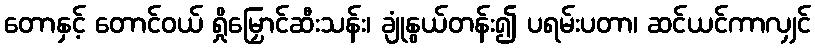
တောနှင့် တောင်ဝယ် ရှိုမြှောင်ဆီးသန်း၊ ချုံနွယ်တန်း၍ ပရမ်းပတာ၊ ဆင်ယင်ကာလျှင်